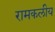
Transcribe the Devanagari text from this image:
रामकलीय